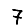
Digit: 7